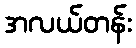
အလယ်တန်း